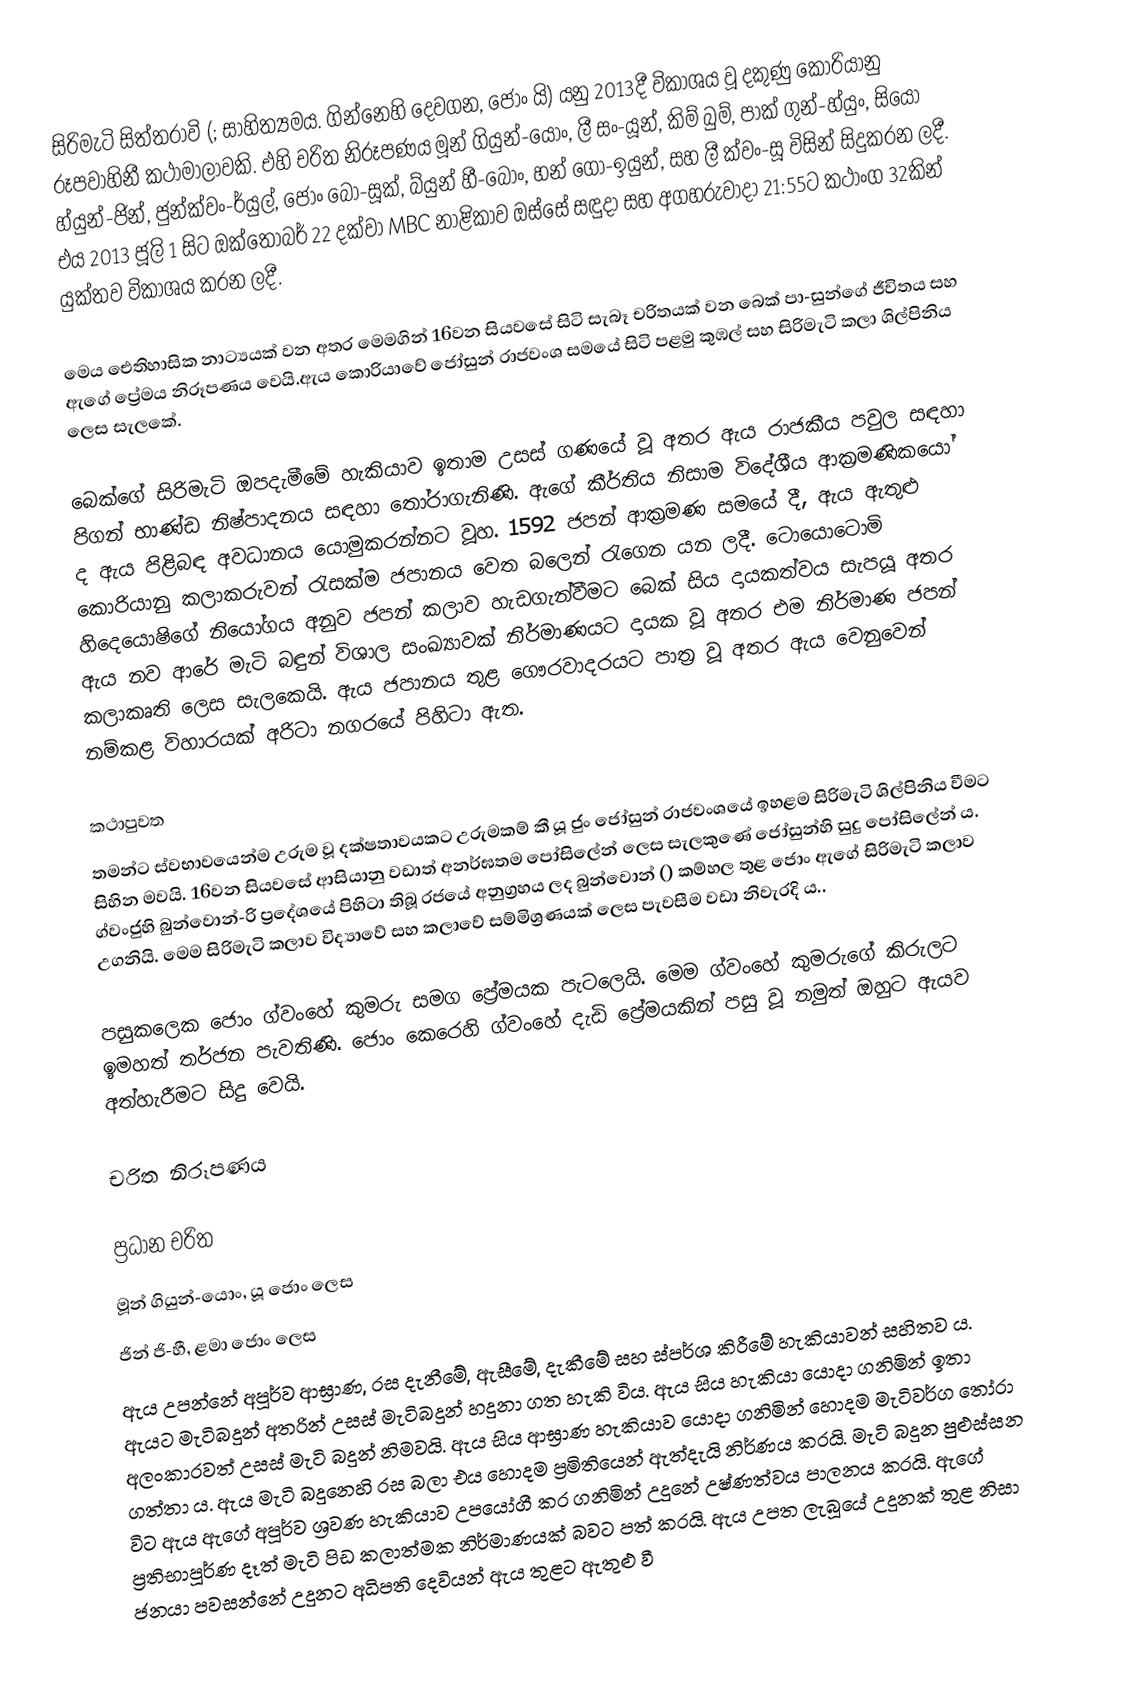
සිරිමැටි සිත්තරාවි (; සාහිත්‍යමය. ගින්නෙහි දෙවගන, ජොං යි) යනු 2013දී විකාශය වූ දකුණු කොරියානු රූපවාහිනී කථාමාලාවකි. එහි චරිත නිරූපණය මූන් ගියුන්-යොං, ලී සං-යූන්, කිම් බුම්, පාක් ගුන්-හ්යුං, සියෝ හ්යුන්-ජින්, ජුන්ක්වං-ර්යුල්, ජොං බෝ-සූක්, බ්යුන් හී-‍බොං, හන් ගෝ-ඉයුන්, සහ ලී ක්වං-සූ විසින් සිදුකරන ලදී. එය 2013 ජූලි 1 සිට ඔක්තෝබර් 22 දක්වා MBC නාළිකාව ඔස්සේ සඳුදා සහ අගහරුවාදා 21:55ට කථාංග 32කින් යුක්තව විකාශය කරන ලදී.

මෙය ඓතිහාසික නාට්‍යයක් වන අතර මෙමගින් 16වන සියවසේ සිටි සැබෑ චරිතයක් වන බෙක් පා-සුන්ගේ ජීවිතය සහ ඇගේ ප්‍රේමය නිරූපණය වෙයි.ඇය කොරියාවේ ජෝසුන් රාජවංශ සමයේ සිටි පළමු කුඹල් සහ සිරිමැටි කලා ශිල්පිනිය ලෙස සැලකේ.

බෙක්ගේ සිරිමැටි ඔපදැමීමේ හැකියාව ඉතාම උසස් ගණයේ වූ අතර ඇය රාජකීය පවුල සඳහා පිගන් භාණ්ඩ නිෂ්පාදනය සඳහා තෝරාගැනිණි. ඇගේ කීර්තිය නිසාම විදේශීය ආක්‍රමණිකයෝ ද ඇය පිළිබඳ අවධානය යොමුකරන්නට වූහ. 1592 ජපන් ආක්‍රමණ සමයේ දී, ඇය ඇතුළු කොරියානු කලාකරුවන් රැසක්ම ජපානය වෙත බලෙන් රැගෙන යන ලදී. ටොයොටොමි හිදෙයොෂිගේ නියෝගය අනුව ජපන් කලාව හැඩගැන්වීමට බෙක් සිය දායකත්වය සැපයූ අතර ඇය නව ආරේ මැටි බඳුන් විශාල සංඛ්‍යාවක් නිර්මාණයට දායක වූ අතර එම නිර්මාණ ජපන් කලාකෘති ලෙස සැලකෙයි. ඇය ජපානය තුළ ගෞරවාදරයට පාත්‍ර වූ අතර ඇය වෙනුවෙන් නම්කළ විහාරයක් අරිටා නගරයේ පිහිටා ඇත.

කථාපුවත
තමන්ට ස්වභාවයෙන්ම උරුම වූ දක්ෂතාවයකට උරුමකම් කී යූ ජුං ජෝසුන් රාජවංශයේ ඉහළම සිරිමැටි ශිල්පිනිය වීමට සිහින මවයි. 16වන සියවසේ ආසියානු වඩාත් අනර්ඝතම පෝසිලේන් ලෙස සැලකුණේ ජෝසුන්හි සුදු පෝසිලේන් ය. ග්වංජුහි බුන්වොන්-රි ප්‍රදේශයේ පිහිටා තිබූ රජයේ අනුග්‍රහය ලද  බුන්වොන් () කම්හල තුළ ජොං ඇගේ සිරිමැටි කලාව උගනියි. මෙම සිරිමැටි කලාව විද්‍යාවේ සහ කලාවේ සම්මිශ්‍රණයක් ලෙස පැවසීම වඩා නිවැරදි ය..

පසුකලෙක ජොං ග්වංහේ කුමරු සමග ප්‍රේමයක පැටලෙයි. මෙම ග්වංහේ කුමරුගේ කිරුලට ඉමහත් තර්ජන පැවතිණි. ජොං කෙරෙහි ග්වංහේ දැඩි ප්‍රේමයකින් පසු වූ නමුත් ඔහුට ඇයව අත්හැරීමට සිදු වෙයි.

චරිත නිරූපණය

ප්‍රධාන චරිත
මූන් ගියුන්-යොං, යූ ජොං ලෙස
ජින් ජි-හී, ළමා ජොං ලෙස
ඇය උපන්නේ අපූර්ව ආඝ්‍රාණ, රස දැනීමේ, ඇසීමේ, දැකීමේ සහ ස්පර්ශ කිරීමේ හැකියාවන් සහිතව ය. ඇයට මැටිබදුන් අතරින් උසස් මැටිබදුන් හදුනා ගත හැකි විය. ඇය සිය හැකියා යොදා ගනිමින් ඉතා අලංකාරවත් උසස් මැටි බදුන් නිමවයි. ඇය සිය ආඝ්‍රාණ හැකියාව යොදා ගනිමින් හොදම මැටිවර්ග තෝරා ගත්තා ය. ඇය මැටි බදුනෙහි රස බලා එය හොදම ප්‍රමිතියෙන් ඇත්දැයි නිර්ණය කරයි. මැටි බදුන පුළුස්සන විට ඇය ඇගේ අපූර්ව ශ්‍රවණ හැකියාව උපයෝගී කර ගනිමින් උදුනේ උෂ්ණත්වය පාලනය කරයි. ඇගේ ප්‍රතිභාපූර්ණ දෑත් මැටි පිඩ කලාත්මක නිර්මාණයක් බවට පත් කරයි. ඇය උපත ලැබූයේ උදුනක් තුළ නිසා ජනයා පවසන්නේ උදුනට අධිපති දෙවියන් ඇය තුළට ඇතුළු වී